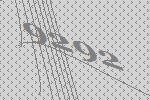
9292